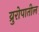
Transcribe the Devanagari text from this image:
य्रुरोपातील